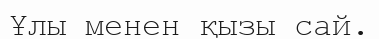
Ұлы менен қызы сай.